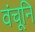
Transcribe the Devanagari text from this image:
वंचूनि